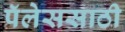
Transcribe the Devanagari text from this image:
पॅलेससाठी